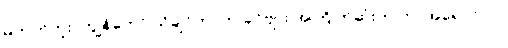
မဟုတ်ဘူး၊ ကျွန်တော် သိချင်တာက ခင်ဗျား အကြိုက်ဆုံးက ဘာအရောင်လဲ။